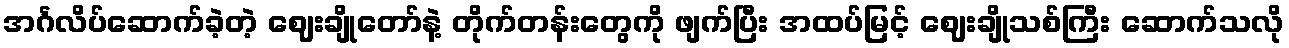
အင်္ဂလိပ်ဆောက်ခဲ့တဲ့ ဈေးချိုတော်နဲ့ တိုက်တန်းတွေကို ဖျက်ပြီး အထပ်မြင့် ဈေးချိုသစ်ကြီး ဆောက်သလို